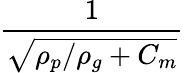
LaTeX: \frac{1}{\sqrt{\rho_{p}/\rho_{g}+C_{m}}}